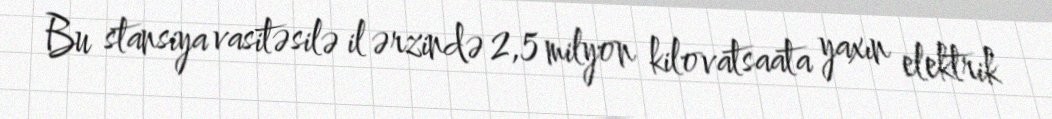
Bu stansiya vasitəsilə il ərzində 2,5 milyon kilovatsaata yaxın elektrik